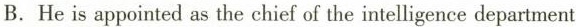
B.He is appointed as the chief of the intelligence department